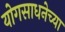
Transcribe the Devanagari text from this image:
योगसाधनेच्या